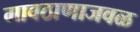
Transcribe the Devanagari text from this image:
गावठाणाजवळ